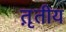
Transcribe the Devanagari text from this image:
त़ृतीय